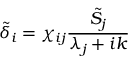
\tilde { \delta } _ { i } = \chi _ { i j } \frac { \tilde { S } _ { j } } { \lambda _ { j } + i k }